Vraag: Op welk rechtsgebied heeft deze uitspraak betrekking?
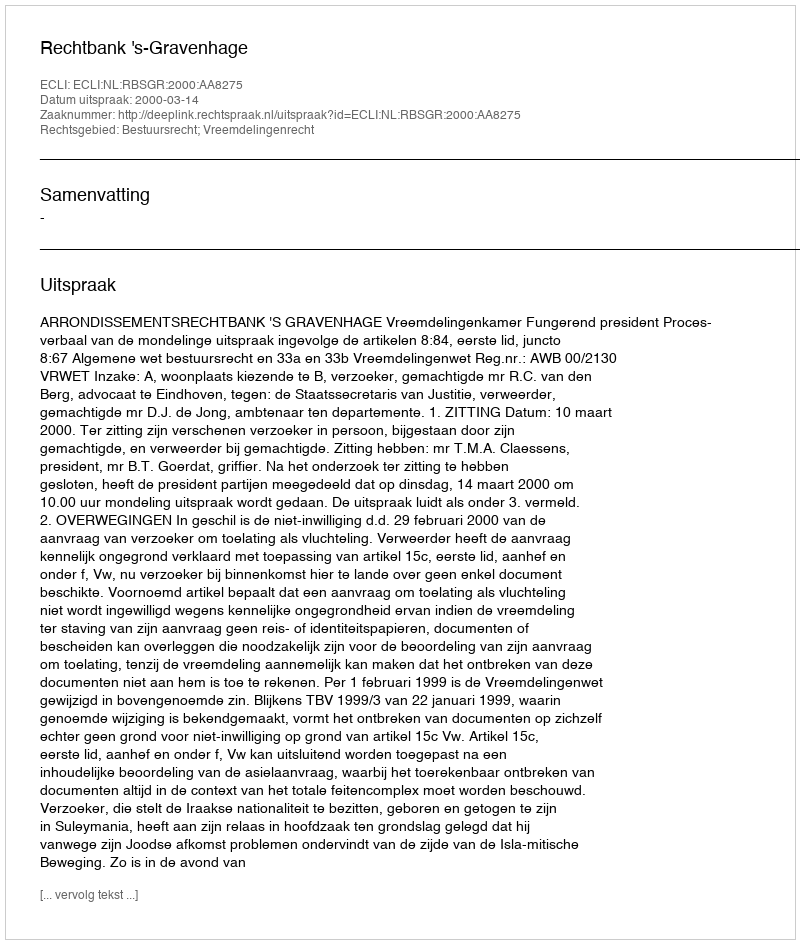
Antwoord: Bestuursrecht; Vreemdelingenrecht